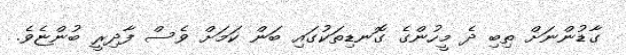
ގާޑުންނަށް ތިބި ދެ މީހުންގެ ގޮނޑިތަކުގައި ބަން ކަމަށް ވެސް ފާދިރީ ބުންޏެވެ.